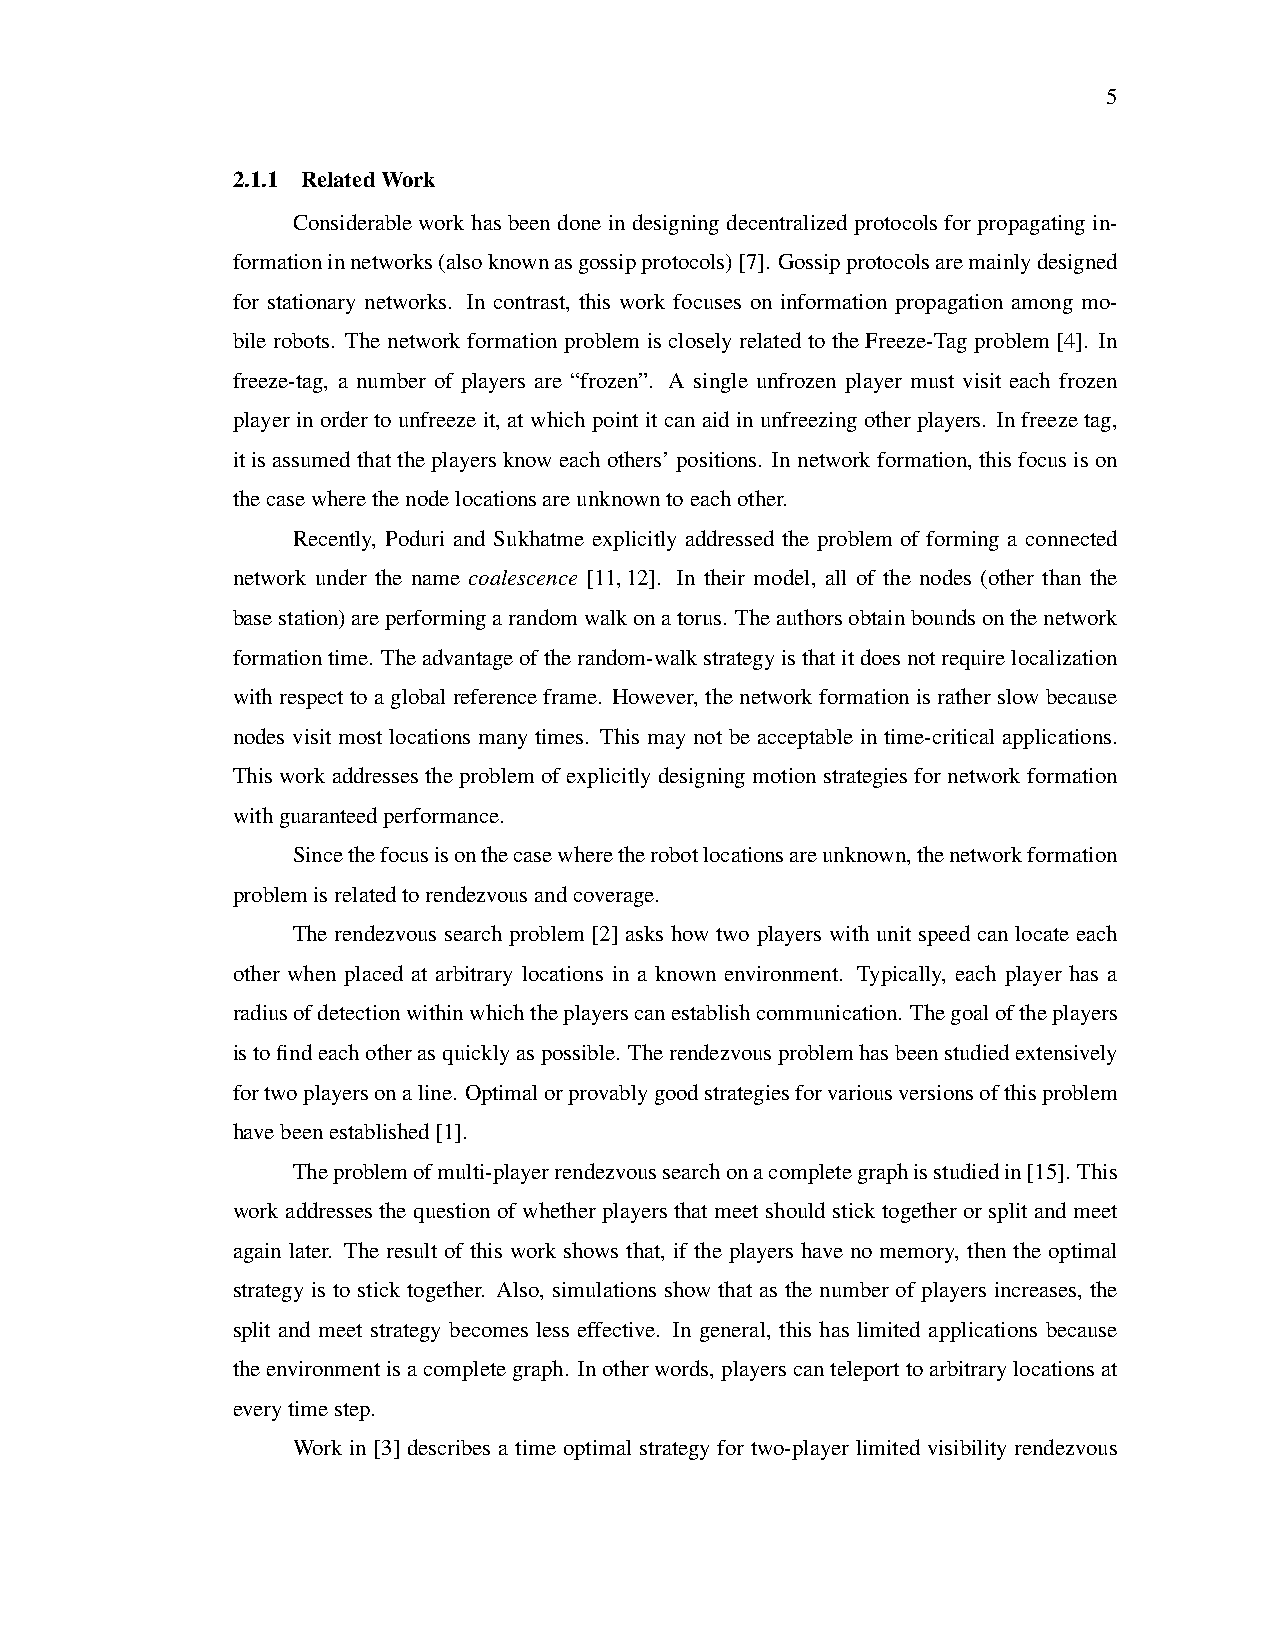
5
 2.1.1 RelatedWork
 Considerable work has been done in designing decentralized protocols for propagating in-
 formationinnetworks(alsoknownasgossipprotocols)[7]. Gossipprotocolsaremainlydesigned
 for stationary networks. In contrast, this work focuses on information propagation among mo-
 bile robots. The network formation problem is closely related to the Freeze-Tag problem [4]. In
 freeze-tag, a number of players are “frozen”. A single unfrozen player must visit each frozen
 player in order to unfreeze it, at which point it can aid in unfreezing other players. In freeze tag,
 itisassumedthattheplayersknoweachothers’positions. Innetworkformation, thisfocusison
 thecasewherethenodelocationsareunknowntoeachother.
 Recently, Poduri and Sukhatme explicitly addressed the problem of forming a connected
 network under the name coalescence [11,12]. In their model, all of the nodes (other than the
 basestation)areperformingarandomwalkonatorus. Theauthorsobtainboundsonthenetwork
 formationtime. Theadvantageoftherandom-walkstrategyisthatitdoesnotrequirelocalization
 with respect to a global reference frame. However, the network formation is rather slow because
 nodes visit most locations many times. This may not be acceptable in time-critical applications.
 Thisworkaddressestheproblemofexplicitlydesigningmotionstrategiesfornetworkformation
 withguaranteedperformance.
 Sincethefocusisonthecasewheretherobotlocationsareunknown,thenetworkformation
 problemisrelatedtorendezvousandcoverage.
 The rendezvous search problem [2] asks how two players with unit speed can locate each
 other when placed at arbitrary locations in a known environment. Typically, each player has a
 radiusofdetectionwithinwhichtheplayerscanestablishcommunication. Thegoaloftheplayers
 istofindeachotherasquicklyaspossible. Therendezvousproblemhasbeenstudiedextensively
 fortwoplayersonaline. Optimalorprovablygoodstrategiesforvariousversionsofthisproblem
 havebeenestablished[1].
 Theproblemofmulti-playerrendezvoussearchonacompletegraphisstudiedin[15]. This
 work addresses the question of whether players that meet should stick together or split and meet
 again later. The result of this work shows that, if the players have no memory, then the optimal
 strategy is to stick together. Also, simulations show that as the number of players increases, the
 split and meet strategy becomes less effective. In general, this has limited applications because
 theenvironmentisacompletegraph. Inotherwords,playerscanteleporttoarbitrarylocationsat
 everytimestep.
 Work in [3] describes a time optimal strategy for two-player limited visibility rendezvous